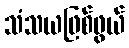
သံသယဖြစ်ဖွယ်